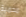
محمية